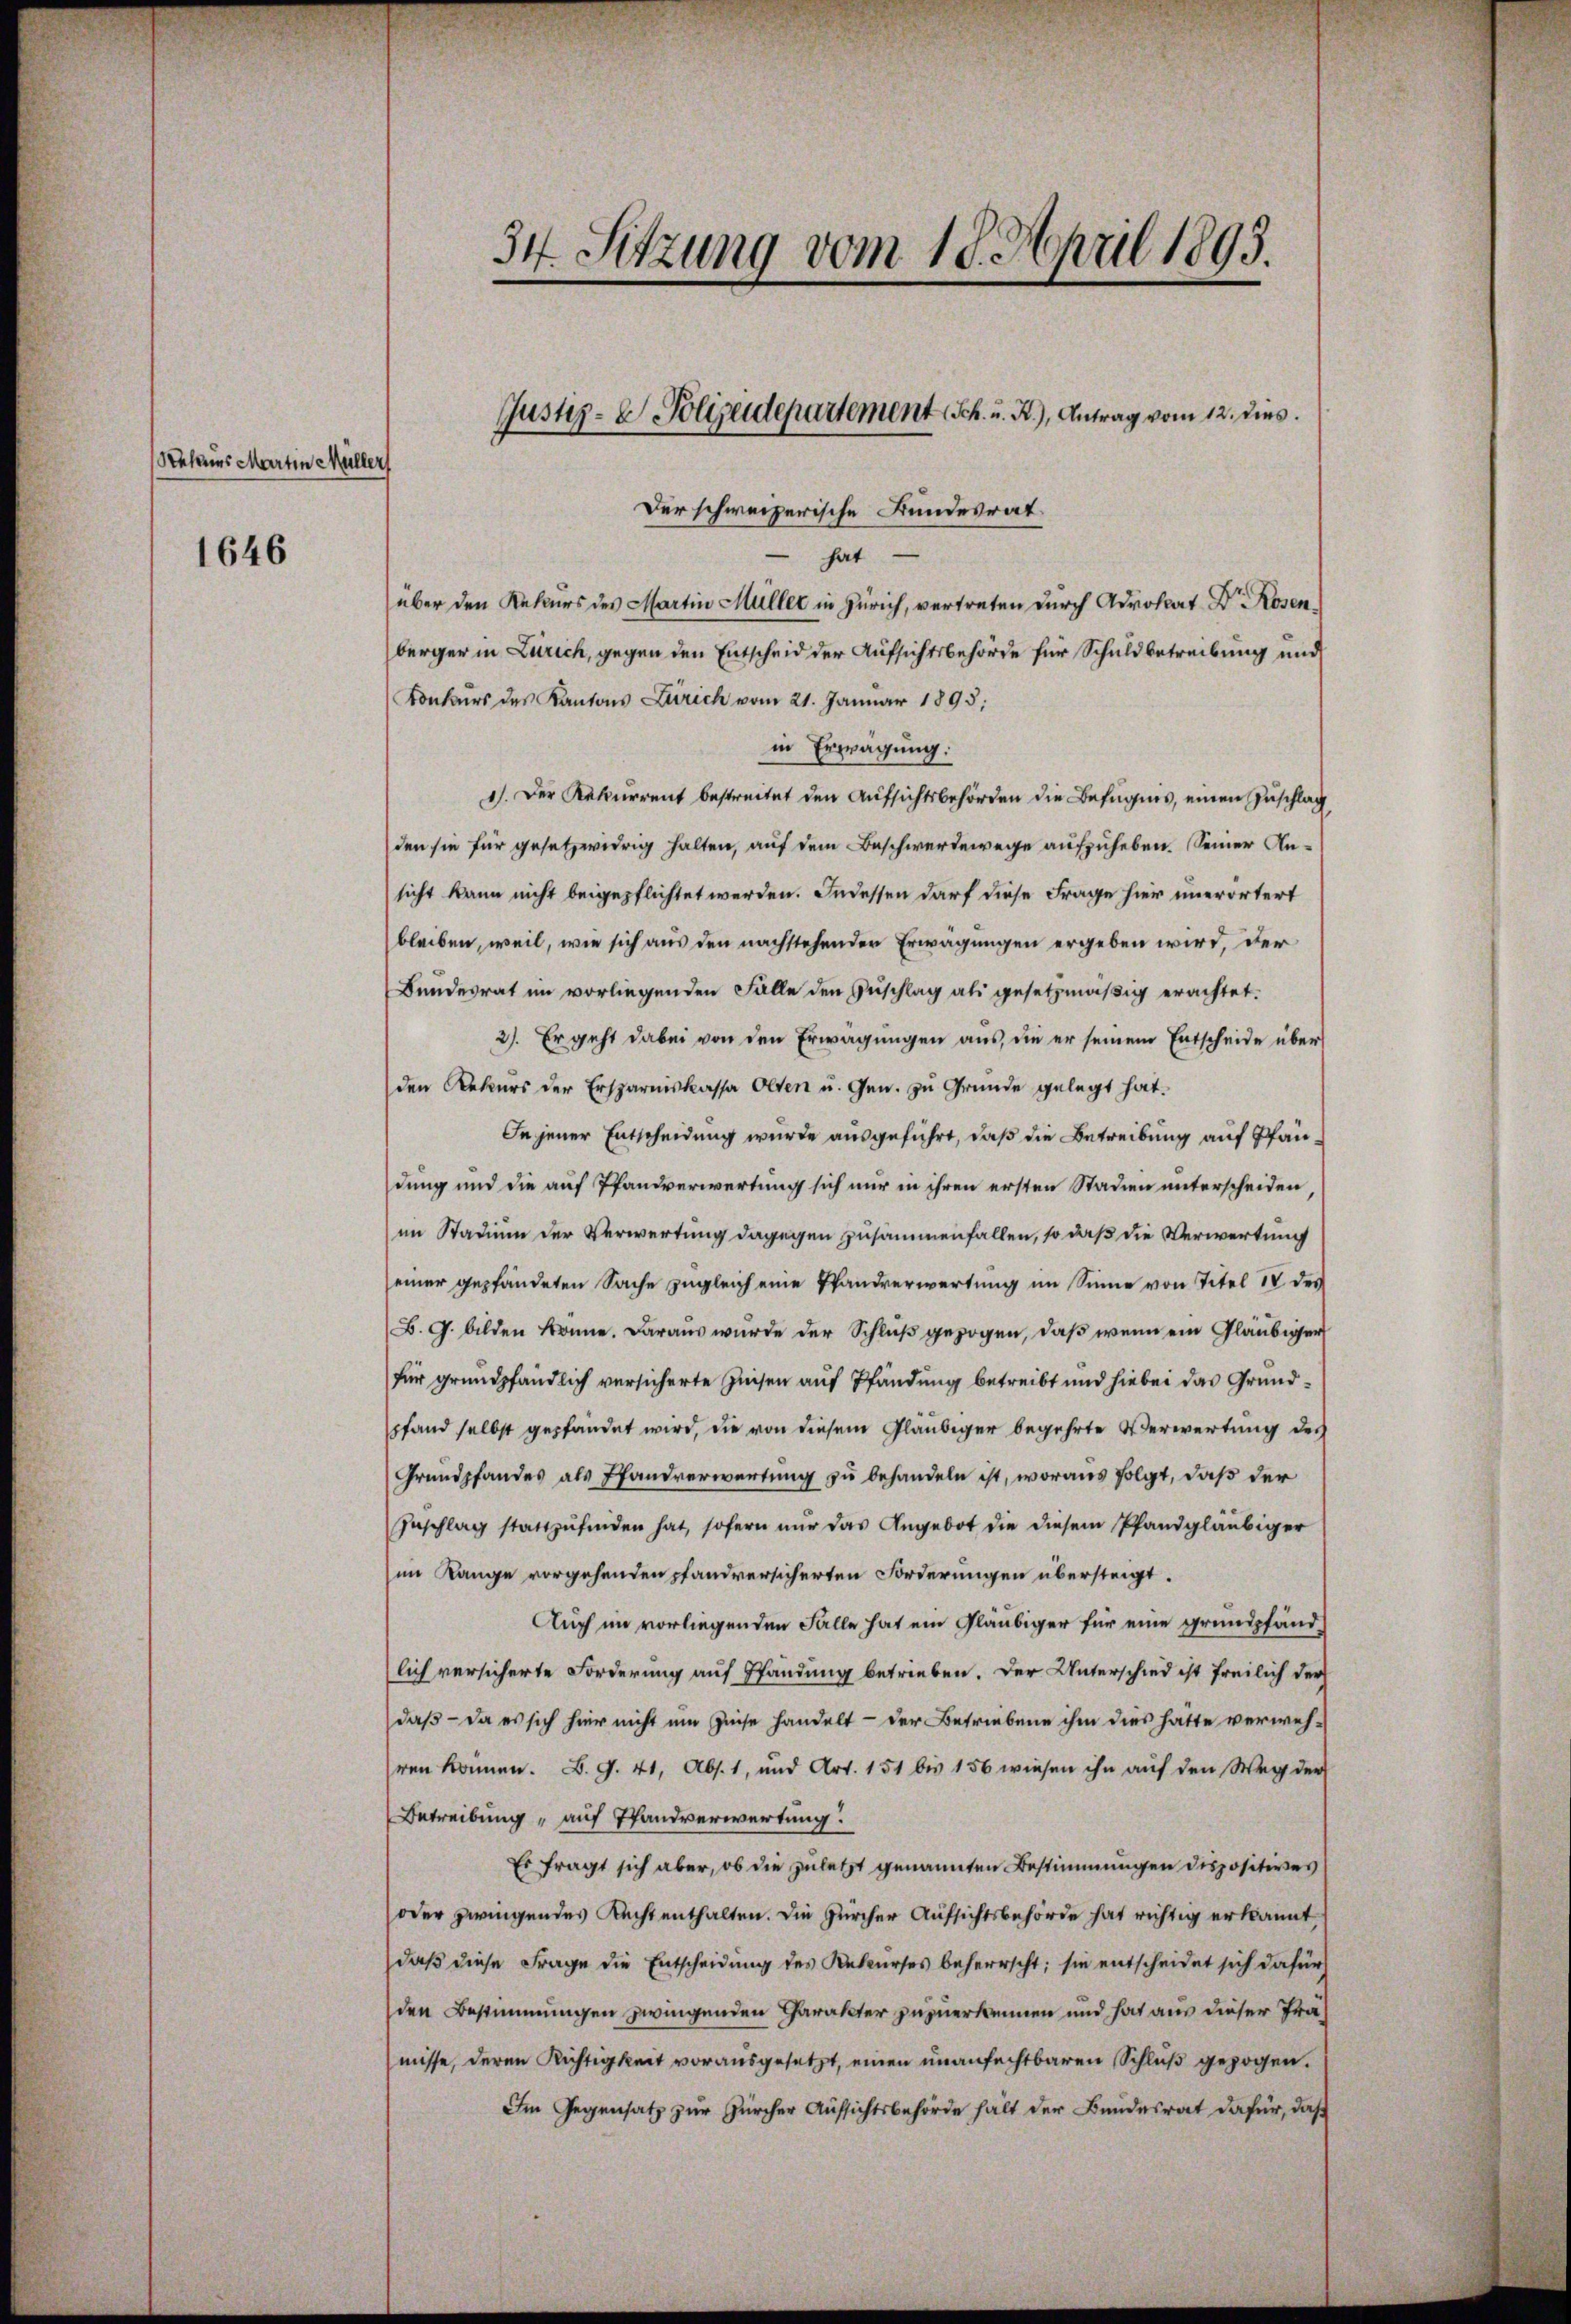
Sehens Martin Müller
1646

34. Sitzung vom 18. April 1895.

Justiz- & Polizeidepartement (Sch. u. B.), Antrag vom 12. dies

Der schweizerische Bundesrat
hat
über den Rekurs des Martin Müller in Zürich, vertreten durch Advokat Dr. Rosenberger in Zürich, gegen den Entscheid der Aufsichtsbehörde für Schuldbetreibung und
Konkurs des Kantons Zürich vom 21. Januar 1895;
in Erwägung:
1). Der Rekurrent bestreitet den Aufsichtsbehörden die Befugnis, einen Zuschlag
den sie für gesetzwidrig halten, auf dem Beschwerdewege aufzuheben. Seiner Ansicht kann nicht beigepflichtet werden. Indessen darf diese Frage hier unerörtert
bleiben, weil, wie sich aus den nachstehenden Erwägungen ergeben wird, der
Bundesrat im vorliegenden Falle den Zuschlag als gesetzmäßig erachtet.
2). Er geht dabei von den Erwägungen aus, die er seinem Entscheide über
den Rekurs der Ersparniskassa Olten u. Gew. zu Grunde gelegt hat.
In jener Entscheidung wurde ausgeführt, daß die Betreibung auf Pfandung und die auf Pfandverwertung sich nur in ihren ersten Stadien unterscheiden
im Stadium der Verwertung dagegen zusammenfallen, so daß die Verwertung
einer gepfändeten Sache zugleich eine Handverwertung im Sinne von Titel IV des
B. G. bilden könne. Daraus wurde der Schluß gezogen, daß wenn ein Gläubiger
für grundpfändlich versicherte Zusen auf Pfändung betreibt und hiebei das Grundpfand selbst gepfändet wird, die von diesem Gläubiger begehrte Verwertung des
Grundpfandes als Pfandverwertung zu behandeln ist, woraus folgt, daß der
Zeschlag stattzufinden hat, sofern nur das Angebot die diesem Pfandgläubiger
im Range vorgehenden pfandversicherten Forderungen übersteigt.
Auch im vorliegenden Falle hat ein Gläubiger für eine grundpfandlich versicherte Forderung auf Pfändung betrieben. Der Unterschied ist freilich der
daß – da es sich hier nicht um Geise handelt - der Betriebene ihm dies hatte verwehren können. B. G. 41, Abs. 1, und Art. 151 bis 156 wiesen ihn auf den Weg der
Betreibung auf Pfandverwertung.
Es fragt sich aber, ob die zuletzt genannten Bestimmungen dispositives
oder zwingendes Recht enthalten. Die Zürcher Aufsichtsbehörde hat richtig erkannt
daß diese Frage die Entscheidung des Rekurses beherrscht; sie entscheidet sich dafür
den Bestimmungen zwingenden Charakter zuzuerkennen und hat aus dieser Franisse, deren Richtigkeit vorausgesetzt, einen unanfechtbaren Schluß gezogen.
Im Gegensatz zur Zürcher Aufsichtsbehörde hält der Bundesrat dafür, daß